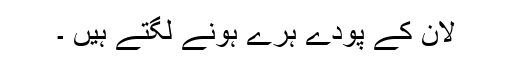
لان کے پودے ہرے ہونے لگتے ہیں ۔